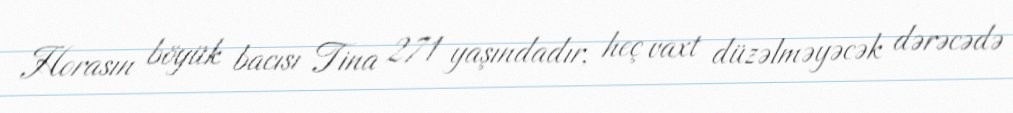
Horasın böyük bacısı Tina 271 yaşındadır, heç vaxt düzəlməyəcək dərəcədə